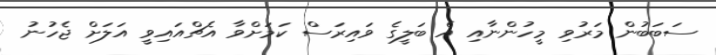
ސަބަބުން މަރުވި މީހުންނާއި އެ ބަލީގެ ވައިރަސް ކަމަށްވާ އެޗްއައިވީ އަލަށް ޖެހުނު